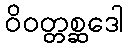
ဝိဝတ္တစ္ဆဒေါ